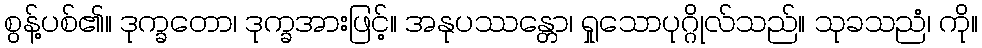
စွန့်ပစ်၏။ ဒုက္ခတော၊ ဒုက္ခအားဖြင့်။ အနုပဿန္တော၊ ရှုသောပုဂ္ဂိုလ်သည်။ သုခသညံ၊ ကို။